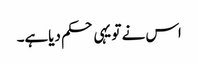
اس نے تو یہی حکم دیاہے۔